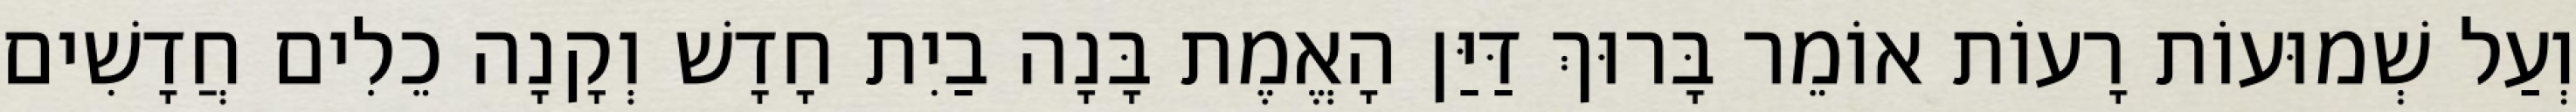
וְעַל שְׁמוּעוֹת רָעוֹת אוֹמֵר בָּרוּךְ דַּיַּן הָאֱמֶת בָּנָה בַיִת חָדָשׁ וְקָנָה כֵלִים חֲדָשִׁים